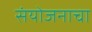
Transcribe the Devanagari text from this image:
संयोजनाचा